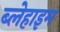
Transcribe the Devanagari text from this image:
ब्लेहाइम